Madras plague regulations in force outside the Presidency town - Volume 1
Disease focus: Plague
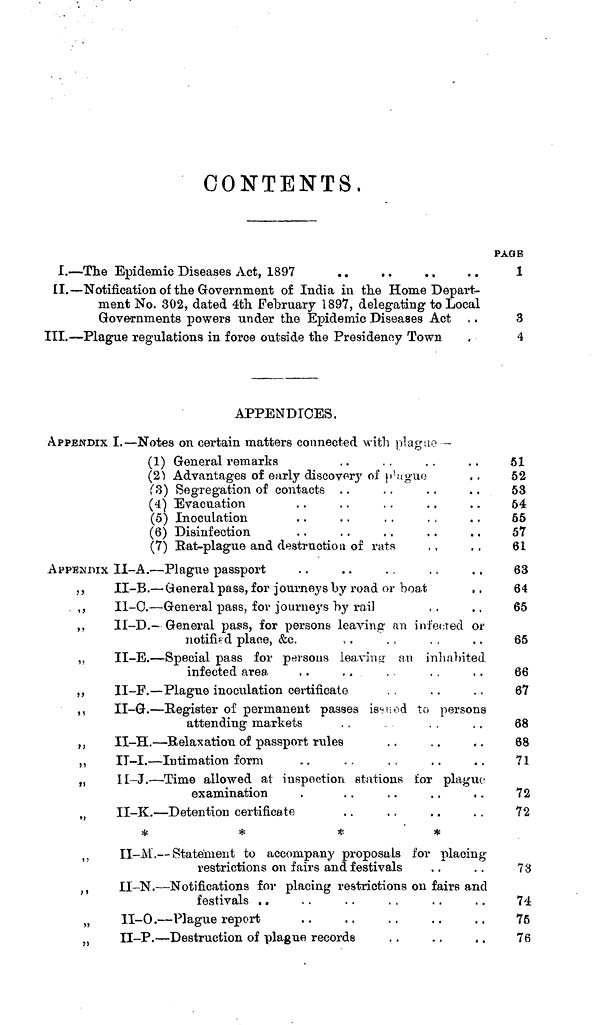
CONTENTS.
I.
II.
III.
•The Epidemic Diseases Act, 1897
. .
. .
Notification of the Government of India in the Home Depart-
ment No. 302, dated 4th February 1897, delegating to Local
Governments powers under the Epidemic Diseases Act
•Plague regulations in force outside the Presidency Town
PAGE
1
3
4
APPENDICES.
APPENDIX
APPENDIX
"
"
"
"
"
"
M
M
»>
"
"
"
»
"
I.
Notes on certain matters connected with plague -
(1) General remarks
(2)Advantages of early discovery of plague
(3) Segregation of contacts . .
(4) Evacuation
(5) Inoculation
(6) Disinfection
(7) Rat-plague and destruction of rats
II-A..
II-B.
II-C.-
II-D.
II-E.
II-F.
II-G.
II-H.
II-L-
II-J.-
II-K.
*
II-M
II-N
II-O
II-P
— Plague passport
— General pass, for journeys by road or boat
, .
— General pass, for journeys by rail
— General pass, for persons leaving an infected or
notified plane, &c.
— Special pass for persons leaving an inhabited
infected area
—Plague inoculation certificate
— Register of permanent passes issued to persons
attending markets
— Relaxation of passport rules
—Intimation form
— Time allowed at inspection stations for plague
examination
— Detention certificate
*
*
*
. — -Statement to accompany proposals for placing
restrictions on fairs and festivals
. — Notifications for placing restrictions on fairs and
festivals . .
. — Plague report
. — Destruction of plague records
51
52
53
64
55
57
61
63
64
65
65
66
67
68
68
71
72
72
73
74
75
76